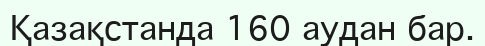
Қазақстанда 160 аудан бар.